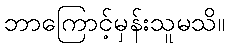
ဘာကြောင့်မှန်းသူမသိ။